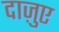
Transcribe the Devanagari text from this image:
दाज़ुए